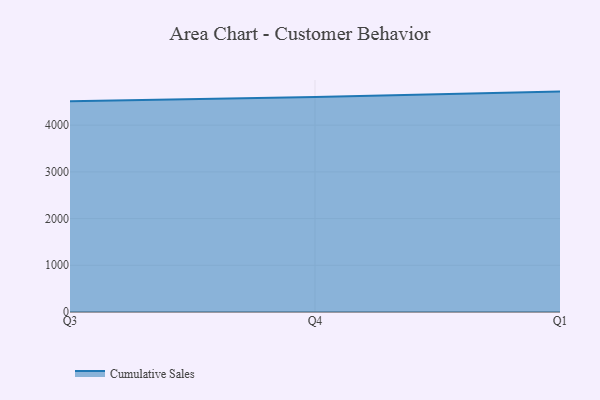
{"axis": {"x": "Quarter", "y": "Customer Acquisition Cost (USD)"}, "legend": ["Cumulative Sales"], "data": [{"x": "Q3", "y": 4512.5, "type": "Cumulative Sales"}, {"x": "Q4", "y": 4602.8, "type": "Cumulative Sales"}, {"x": "Q1", "y": 4718.8, "type": "Cumulative Sales"}]}